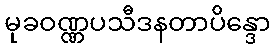
မုခဝဏ္ဏပသီဒနတာပိန္ဒော